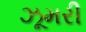
ઝૂમરી